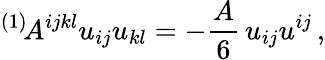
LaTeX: {}^{(1)}\! A^{ijkl}u_{ij}u_{kl}=-\frac{A}{6}\, u_{ij}u^{ij}\, ,